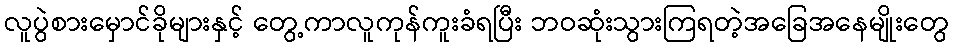
လူပွဲစားမှောင်ခိုများနှင့် တွေ့ကာလူကုန်ကူးခံရပြီး ဘဝဆုံးသွားကြရတဲ့အခြေအနေမျိုးတွေ